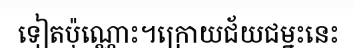
ទៀតប៉ុណ្ណោះ។ក្រោយជ័យជម្នះនេះ